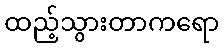
ထည့်သွားတာကရော